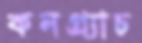
কনগ্র্যাচ